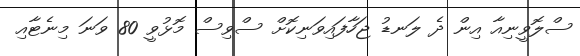
ސްލޮވީނިއާ އިން ދެ ލަނޑު ޖަހާފައިވަނިކޮށް ސްވިސް މޮޅުވީ 80 ވަނަ މިނެޓާއި